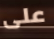
على